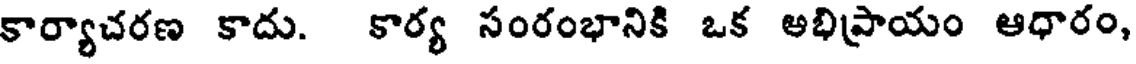
కార్యాచరణ కాదు. కార్య సంరంభానికి ఒక అభిపాయం ఆధారం,